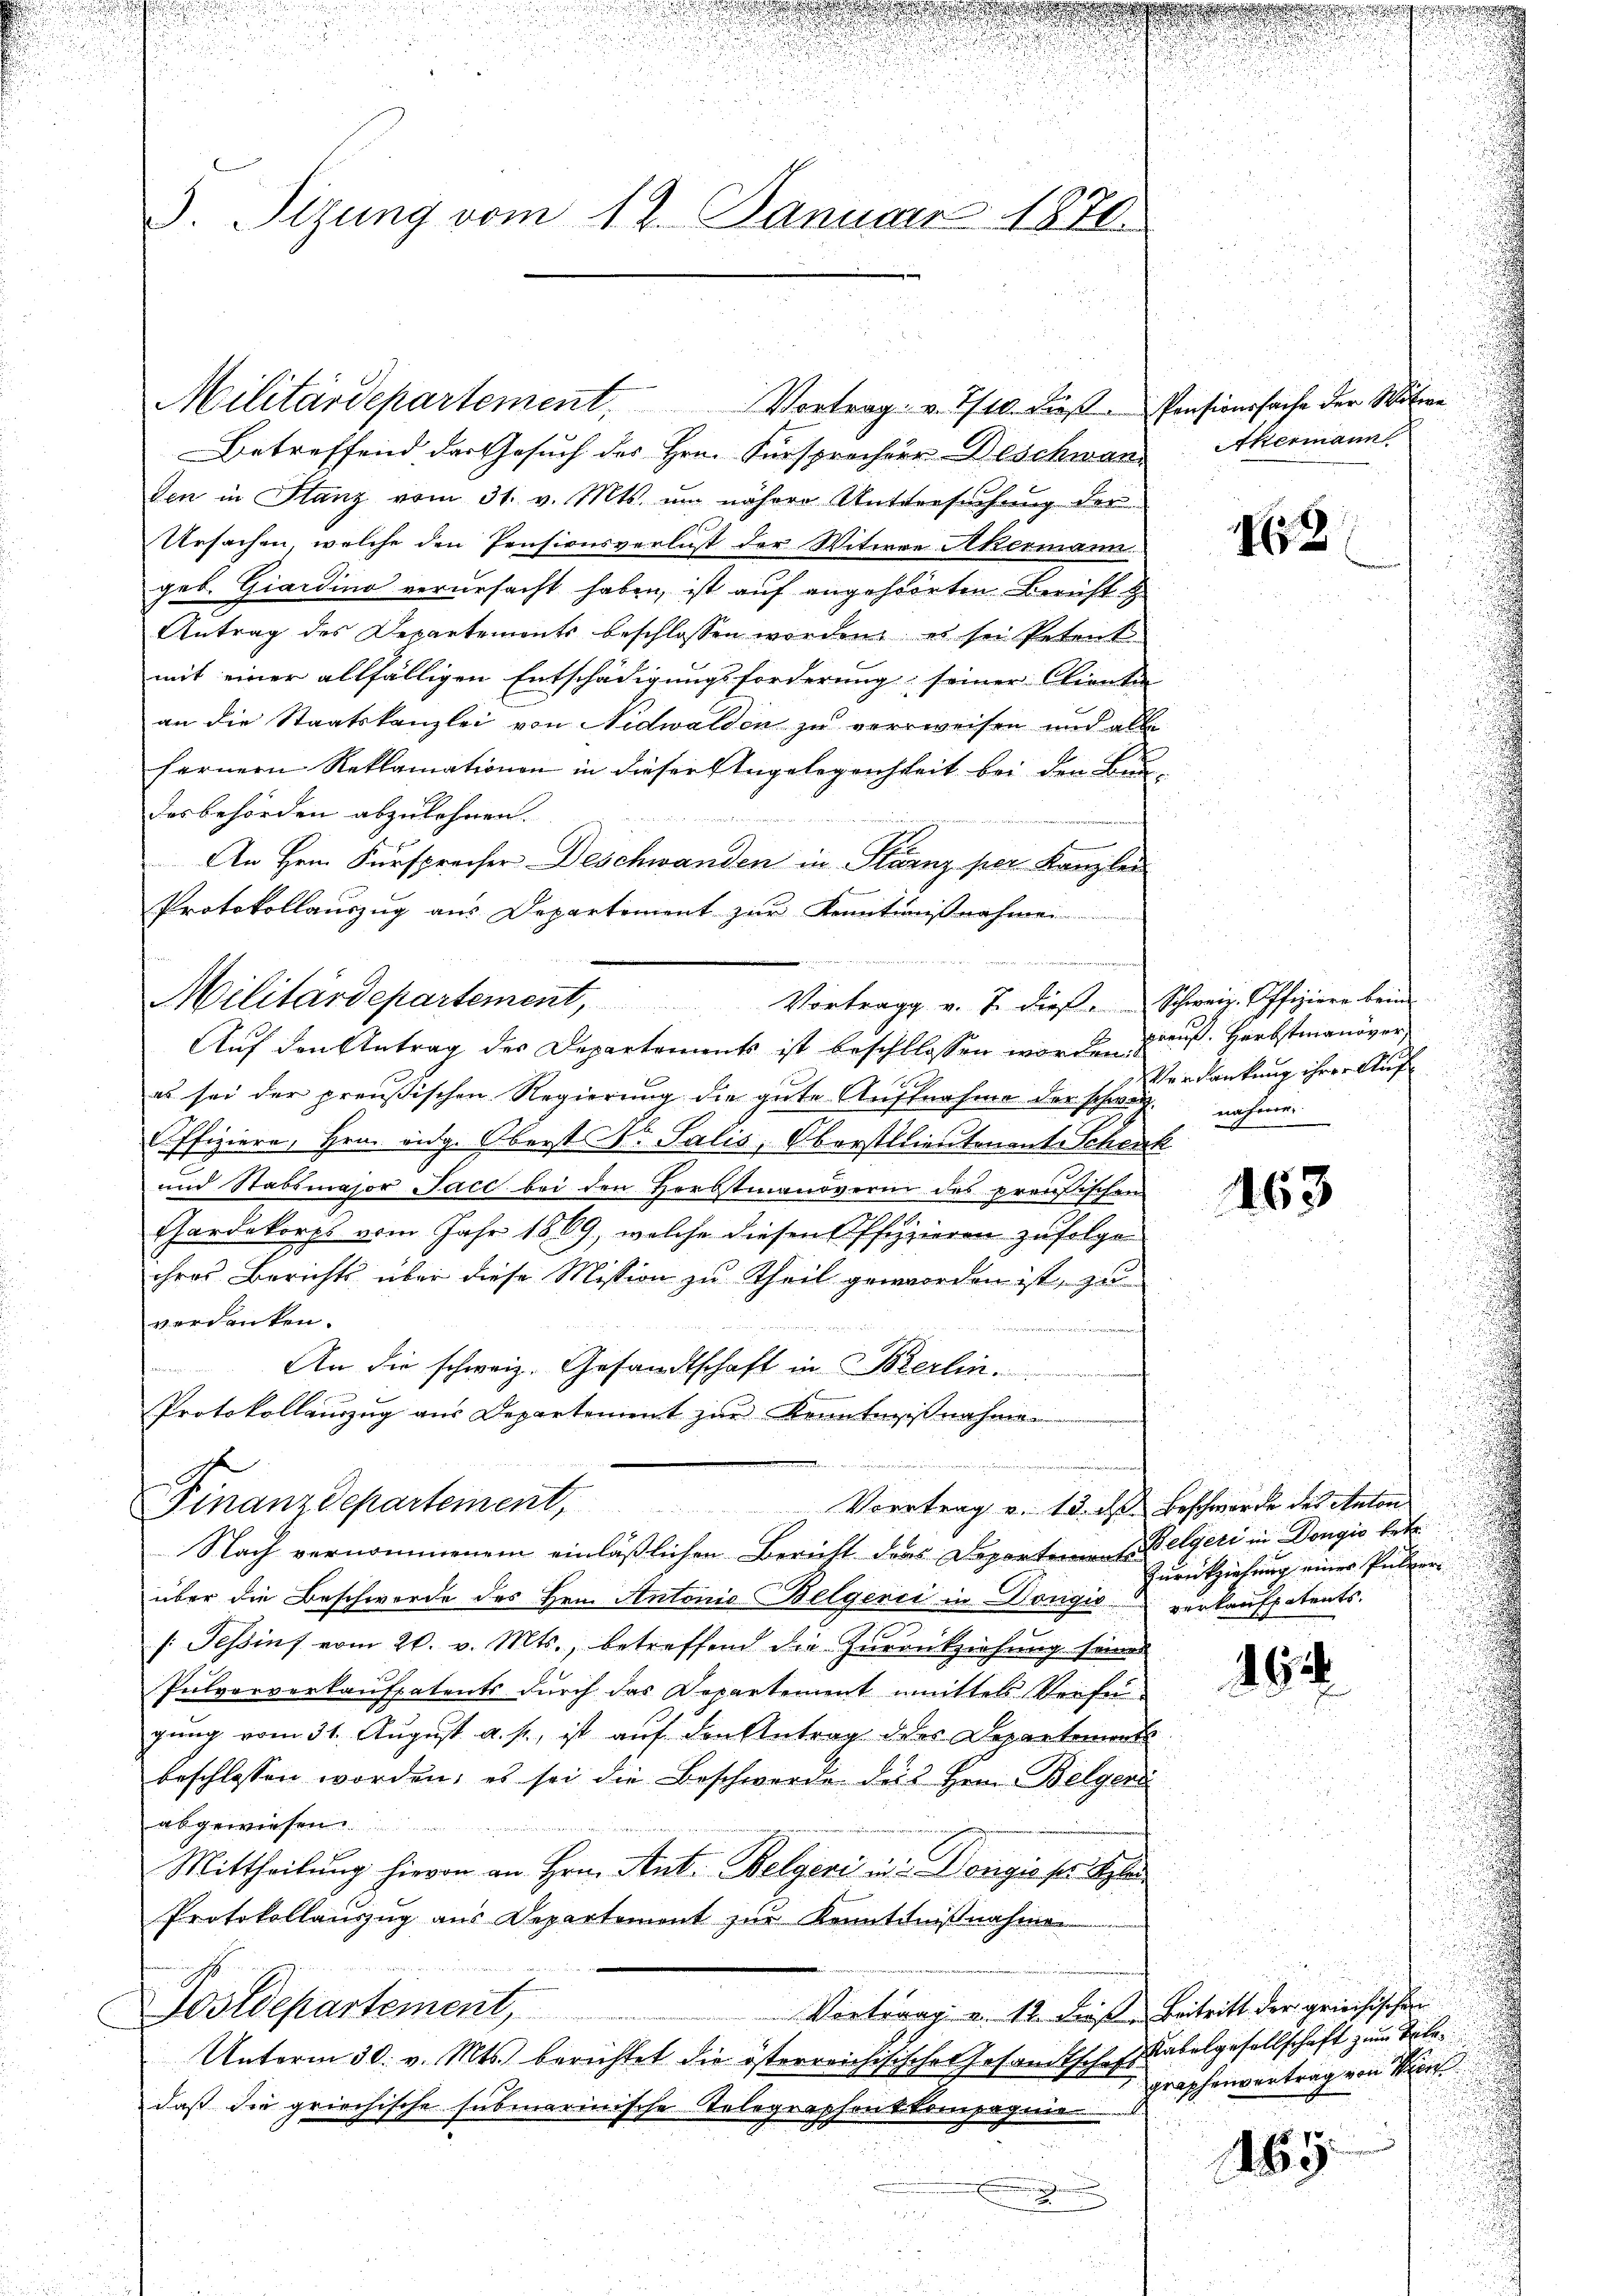
.
n
d
. Sizung vom 12. Januar 1876.

Militärdepartement. Vortrag v. 1/10 dieβ. Pensionssache der Witwe

Militärdepartement, Vortrag v. 7. diese Schweiz. Offiziere beim

Betreffend der Gesuch des Hrn. Fürsprocherr Deschwand Akermanns
den in Stanz vom 31. v. Mts. um nähere Untersuchung der
Ursachen, welche den Pensionsverlust der Witwen Akermann
geb. Giardino verursacht haben, ist auf angehörten Bericht
Antrag des Departements beschlossen worden, es sei Petent
mit einer allfälligen Entschädigungsforderung seiner Clienten
an die Staatskanzlei von Nidwalden zu verweisen und all
fernern Reklamationen in dieser Angelegenheit bei den Bundesbehörden abzulehnen.
de
An Hrn. Fürsprecher Deschwanden in Stärnz per Kanzlei
Protokollaŭszŭg aŭs Departement zŭr Kenntniβnahme
Auf den Antrag der Departements ist beschlossen worden aus. Herbstmanöver
el sei der preußischen Regierung die gute Aufnahme der schwarz nahmen
Offiziere, Hrn. Eidg. Oberst Dr. Salis, Oberstlieutenant Schenk
und Stabsmajor Jace bei den Herbstmanöverin des preußischen
Chardekorps vom Jahr 1869, welche diesen Offizzieren zufolge
ihres Berichts über diese Mission zu Theil geworden ist, zu
verdanken.

An die schweiz. Gesandtschaft in Berlin.
x
Protokollauszug aus Departement zur Kenntnißnahme
Finanzdepartement, Vortrag v. 13. ds Beschwerde des Anton
Nach vernommenem einläßlichen Bericht ders Departement Pelgeri in Dongić betr.
über die Beschwerde des Hrn. Antonio Belgerci in Donigić verkaufpatents.
[: Tessins vom 20. v. Mts., betreffend die Zurückziehung seines
Pulvorverkaufsatents durch das Departement unmittels Verfügung vom 31. August a. p., ist auf den Antrag des Departement
beschlossen worden, es sei die Beschwerde des Herrn Belgend
abgewiesen.
m
Mittheilung hievon an Hrn. Ant. Belgeri und Dorigie per Scha
Protokollanzŭg aŭs Departemont zŭr Kenntniβnahme
Postdepartement, Vortrag v. 12. Beis. Beitritt der griechischen
Unterm 30. v. Mts. berichtet die österreichisische Gesandtschaft
daß die griechische submarinische Telegraphent kompagnie
e
.
u

43

463

16

.
Verdankung ihrer Auf

i
Zurückziehung einer Pulver

Rabelgesellschaft zum Tite
graphenvertrag von Krei
165.